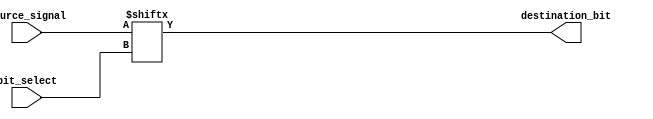
module bit_select_assign(
    input [7:0] source_signal,
    input [2:0] bit_select,
    output reg destination_bit
);

always @* begin
    destination_bit = source_signal[bit_select];
end

endmodule